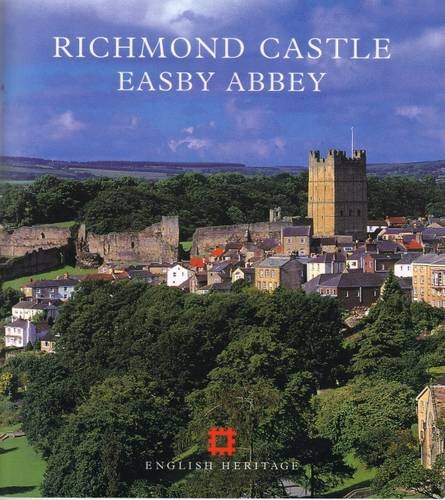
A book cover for Richmond Castle, Easby Abbey (English Heritage Guidebooks); John A. A. Goodall; Travel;